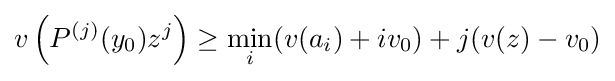
v\left(P^{(j)}(y_{0})z^{j}\right)\geq \min _{i}(v(a_{i})+iv_{0})+j(v(z)-v_{0})